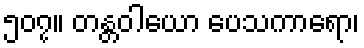
၅၀၇။ တန္တဝါယော ပေသကာရော၊